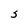
Character: S